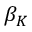
\beta _ { K }